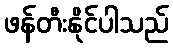
ဖန်တီးနိုင်ပါသည်